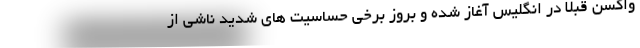
واکسن قبلاً در انگلیس آغاز شده و بروز برخی حساسیت های شدید ناشی از